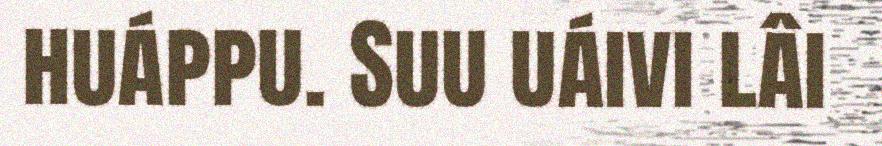
huáppu. Suu uáivi lâi